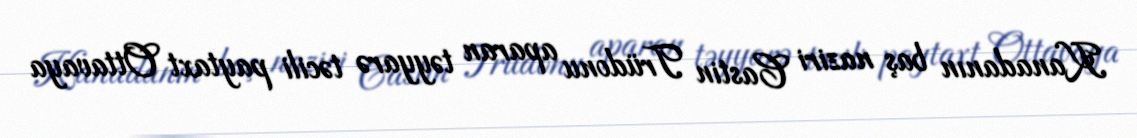
Kanadanın baş naziri Castin Trüdonu aparan təyyarə təcili paytaxt Ottavaya